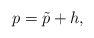
\begin{align*}p=\tilde{p}+h,\end{align*}